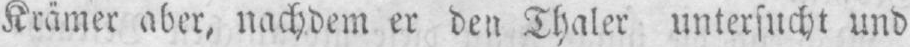
Krämer aber, nachdem er den Thaler untersucht und